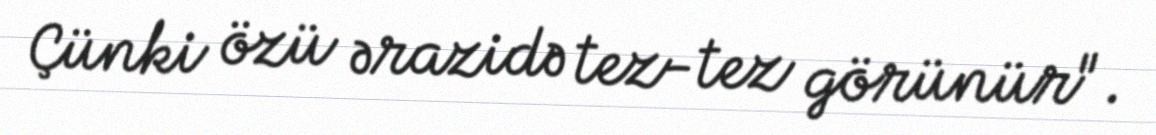
Çünki özü ərazidə tez-tez görünür".